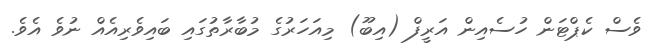
ވެސް ކެޕްޓަން ހުސެއިން އަރީފް (އިބޫ) މިއަހަރުގެ މުބާރާތުގައި ބައިވެރިއެއް ނުވެ އެވެ.